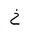
Letter: _kha